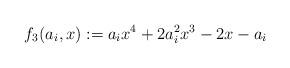
LaTeX: \begin{align*}f_3(a_i,x) := a_i x^4+ 2 a_i^2 x^3 - 2x -a_i\end{align*}